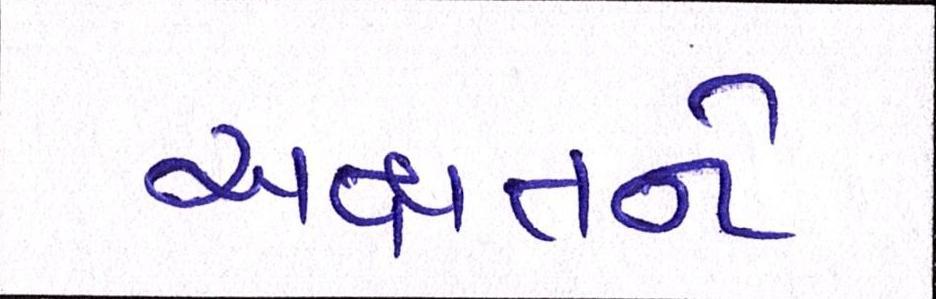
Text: અક્ષતને